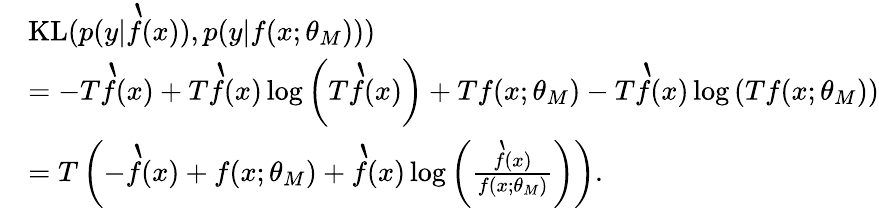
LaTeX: \begin{array}{rl}&{\textup{KL}(p(y|\grave{f}(x)),p(y|f(x;\theta_{M})))}\\ &{=-T\grave{f}(x)+T\grave{f}(x)\log\left(T\grave{f}(x)\right)+Tf(x;\theta_{M})-T\grave{f}(x)\log\left(Tf(x;\theta_{M})\right)}\\ &{=T\left(-\grave{f}(x)+f(x;\theta_{M})+\grave{f}(x)\log\left(\frac{\grave{f}(x)}{f(x;\theta_{M})}\right)\right).}\end{array}